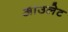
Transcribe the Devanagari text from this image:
आउलेट